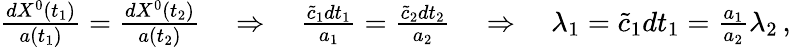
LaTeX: \begin{array}{r}{\frac{dX^{0}(t_{1})}{a(t_{1})}=\frac{dX^{0}(t_{2})}{a(t_{2})}\quad\Rightarrow\quad\frac{\tilde{c}_{1}dt_{1}}{a_{1}}=\frac{\tilde{c}_{2}dt_{2}}{a_{2}}\quad\Rightarrow\quad\lambda_{1}=\tilde{c}_{1}dt_{1}=\frac{a_{1}}{a_{2}}\lambda_{2}\, ,}\end{array}